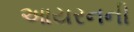
આયરનની